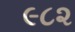
૯૮૨